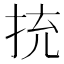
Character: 㧤